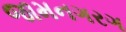
જામનગરગ